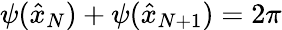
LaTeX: \psi(\hat{x}_{N})+\psi(\hat{x}_{N+1})=2\pi